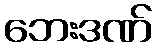
ဘေးဒဏ်